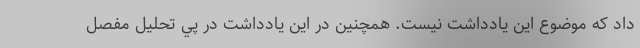
داد كه موضوع اين يادداشت نيست. همچنين در اين يادداشت در پي تحليل مفصل